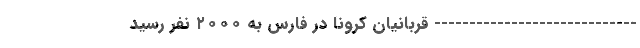
----------------------------- قربانیان کرونا در فارس به ۲۰۰۰ نفر رسید